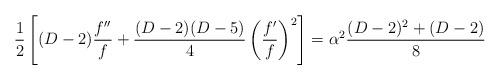
LaTeX: \begin{align*}\frac{1}{2}\left[(D-2)\frac{f''}{f} + \frac{(D-2)(D-5)}{4}\left(\frac{f'}{f}\right)^2\right]= \alpha^2 \frac{(D-2)^2+(D-2)}{8}\end{align*}